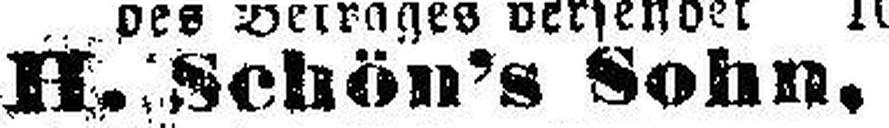
H. Schön's Sohn.